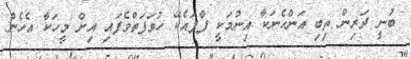
ބުނީ ދަރިން ތިބި އަންހެނަކާ އިނުމަކީ ފާފައެކޭ ހުވަފަތްވެފައި އިން މީހަކާ އެހެން